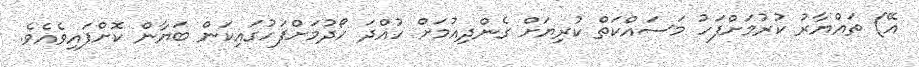
އޭ) ތައްޔާރު ކުރުމަށްފަހު މަސައްކަތް ކުރިޔަށް ގެންދިއުމަށް ހުއްދަ ހޯދުމަށްފަހުގައިކަން ބަޔާން ކޮށްފައިވެއެވެ.